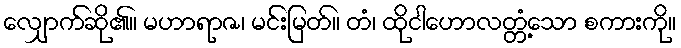
လျှောက်ဆို၏။ မဟာရာဇ၊ မင်းမြတ်။ တံ၊ ထိုငါဟောလတ္တံ့သော စကားကို။